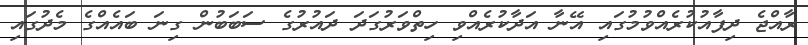
ރާއްޖެ ދިފާއުކުރެއްވުމުގައި އޭނާ އަދާކުރެއްވި ހިތްވަރުގަދަ ދައުރުގެ ސަބަބުން ގިނަ ބައެއްގެ މެދުގައި